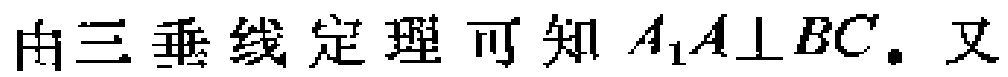
由三垂线定理可知 \(A_{1}A\perp BC.\) 又